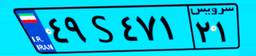
۴۹S۴۷۱۲۱